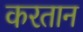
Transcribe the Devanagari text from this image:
करतान